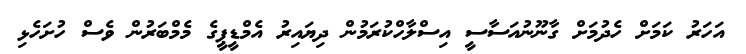
އަހަރު ކަމަށް ހެދުމަށް ގާނޫނުއަސާސީ އިސްލާހްކުރަމުން ދިޔައިރު އެމްޑީޕީގެ މެމްބަރުން ވެސް ހުށަހެޅި